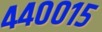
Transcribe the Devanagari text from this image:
४४००१५